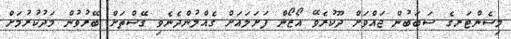
މިސެންޓަރގެ ސަބަބުން ޖައްވަށް ދޫކުރެވޭ އޯޒޯން ފަށަލައަށް ގެއްލުންދެނެވި ގޭސްތަށް ބޭރުވުން މަދުކުރުމަށް